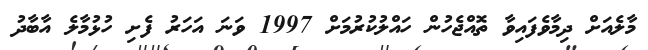
މާލެއަށް ދިމާވެފައިވާ ތޮއްޖެހުން ހައްލުކުރުމަށް 1997 ވަނަ އަހަރު ފެށި ހުޅުމާލެ އާބާދު